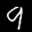
Label: 9